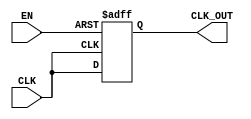
module ClockGatingBuffer (
    input wire CLK,       // Primary clock input
    input wire EN,        // Enable signal
    output reg CLK_OUT    // Gated clock output
);

// Internal signal to hold the previous state of CLK_OUT
reg prev_clk_out;

always @(posedge CLK or negedge EN) begin
    if (!EN) begin
        // When EN is low, hold CLK_OUT low
        CLK_OUT <= 1'b0;
        prev_clk_out <= 1'b0; // Update previous state
    end else begin
        // When EN is high, pass the clock signal
        CLK_OUT <= CLK;
        prev_clk_out <= CLK; // Update previous state
    end
end

endmodule